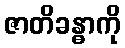
ဇာတိခန္ဓာကို